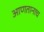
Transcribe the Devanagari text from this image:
आणतानाच